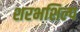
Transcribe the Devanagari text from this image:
शरभशिल्प